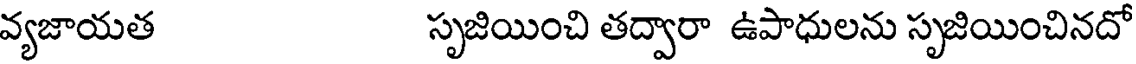
వ్యజాయత సృజియించి తద్వారా ఉపాధులను సృజియించినదో